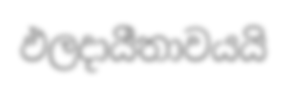
ඵලදායීතාවයයි